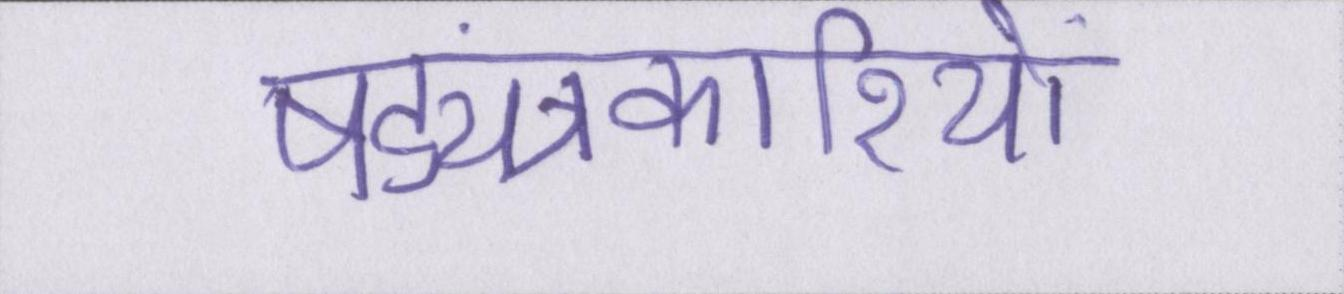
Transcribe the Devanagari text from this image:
षड्यंत्रकारियों